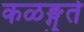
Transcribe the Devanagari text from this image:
कळङ्गुते